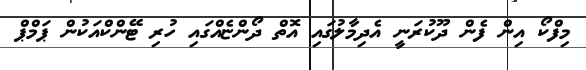
މިފްކޯ އިން ފެން ދޫކުރަނީ އެދިމާލުގައި އޮތް ދޯންޏެއްގައި ހުރި ޓޭންކްއަކުން ޕަމްޕް